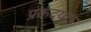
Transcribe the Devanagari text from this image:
प्रकंदयुक्त